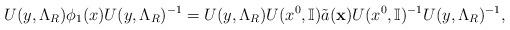
LaTeX: \begin{align*}U(y,\Lambda_R) \phi_1(x)U(y,\Lambda_R)^{-1} =U(y,\Lambda_R) U(x^0,\mathbb{I}) \tilde{a} ( \mathbf{x}) U(x^0,\mathbb{I})^{-1}U(y,\Lambda_R)^{-1},\end{align*}